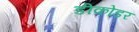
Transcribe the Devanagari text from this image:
डीकोडर